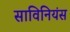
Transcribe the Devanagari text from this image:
साविनियंस